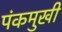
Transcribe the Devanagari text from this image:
पंकमुखी